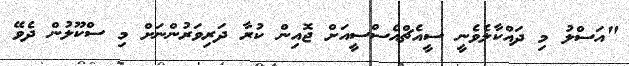
"އަސްލު މި ދައްކާލެވެނީ ސީއެޗްއެސްސީއަށް ޖޮއިން ކުރާ ދަރިވަރުންނަށް މި ސްކޫލުން ދެވޭ